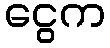
ငွေက